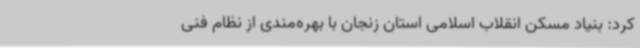
کرد: بنیاد مسکن انقلاب اسلامی استان زنجان با بهره‌مندی از نظام فنی